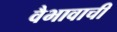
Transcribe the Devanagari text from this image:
वैभावाची